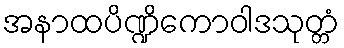
အနာထပိဏ္ဍိကောဝါဒသုတ္တံ